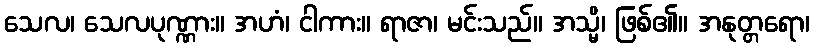
သေလ၊ သေလပုဏ္ဏား။ အဟံ၊ ငါကား။ ရာဇာ၊ မင်းသည်။ အသ္မိ၊ ဖြစ်၏။ အနုတ္တရော၊